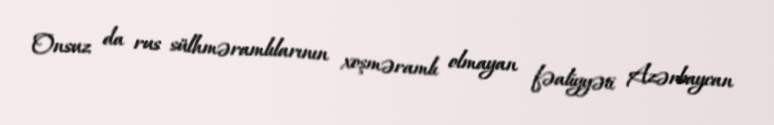
Onsuz da rus sülhməramlılarının xoşməramlı olmayan fəaliyyəti Azərbaycan